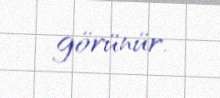
görünür.